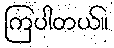
ကြပါတယ်။